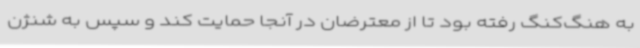
به هنگ‌کنگ رفته بود تا از معترضان در آنجا حمایت کند و سپس به شنژن